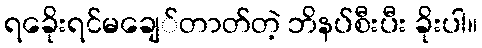
ရခေိုးရင်မချေ်တာတ်တဲ့ ဘိနပ်စီးပီး ခိုးပါ။